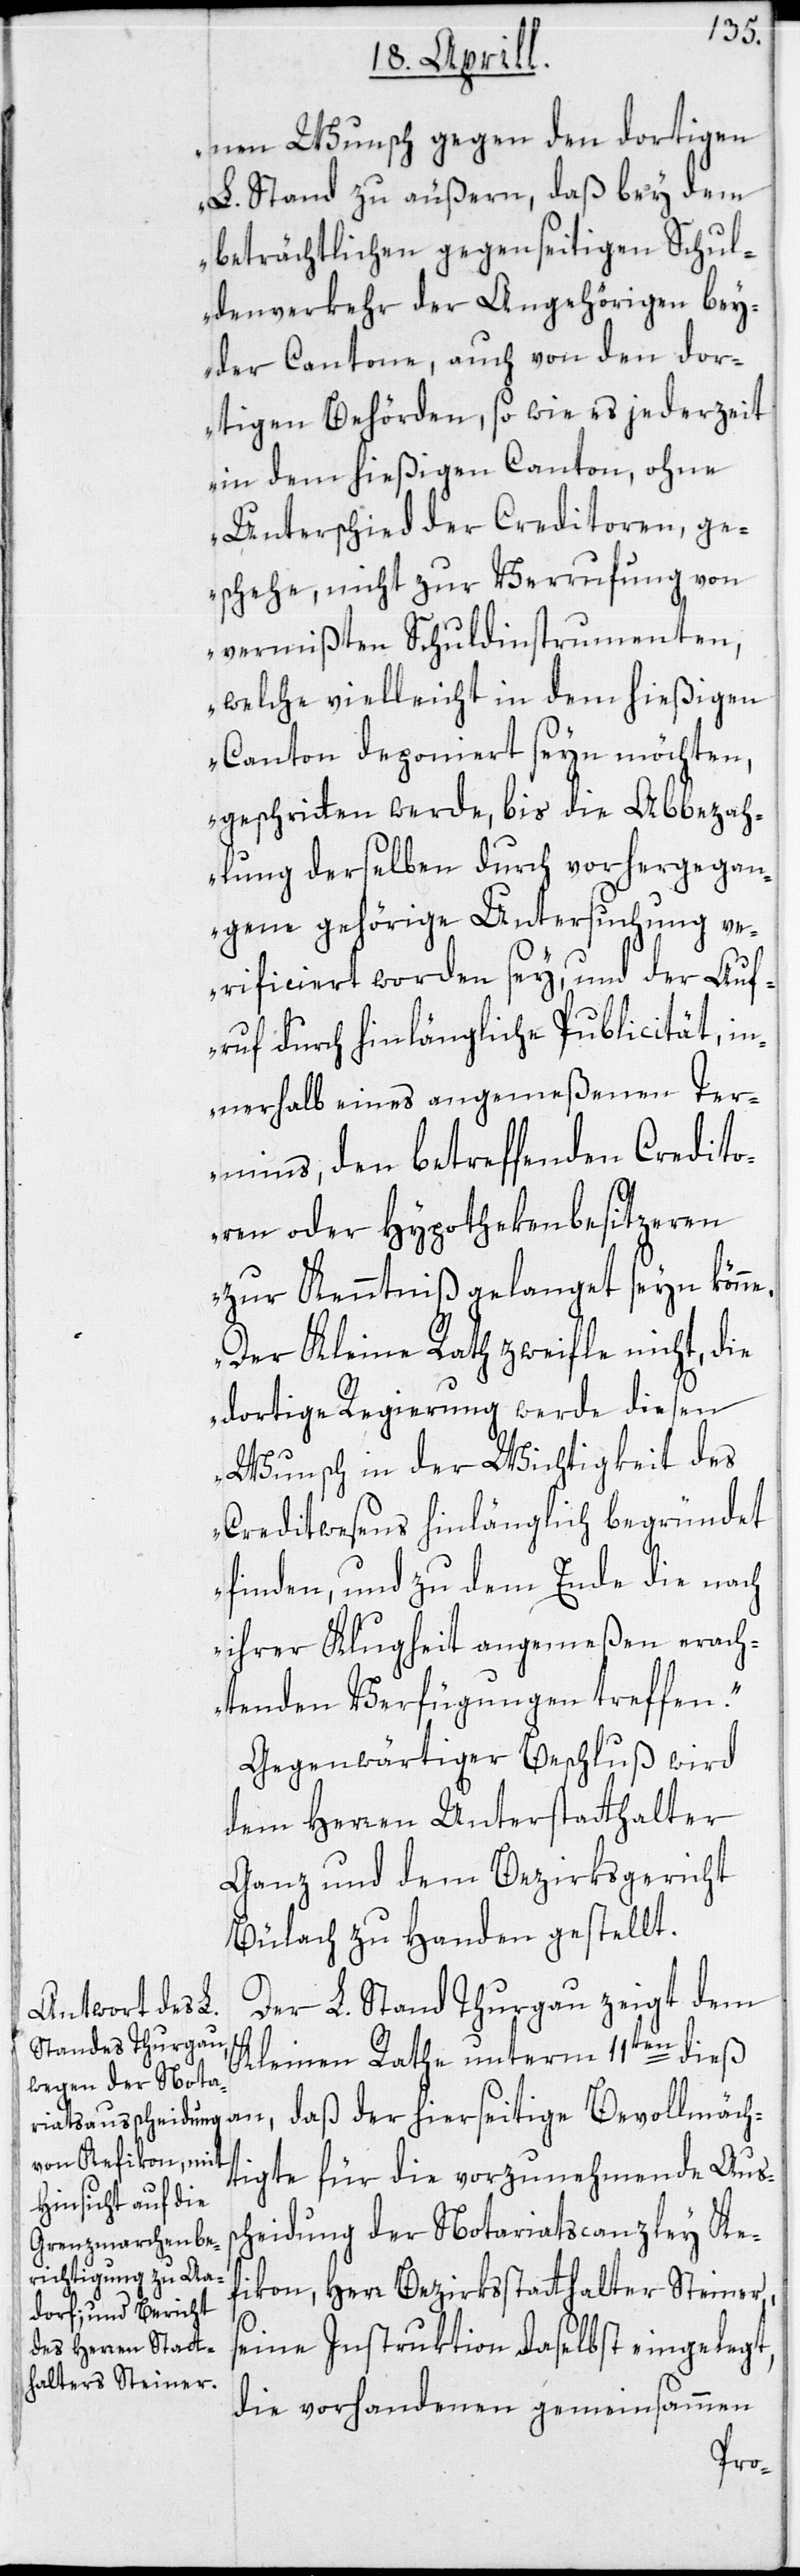
nen Wunsch gegen den dortigen
L. Stand zu äußern, daß bey dem
beträchtlichen gegenseitigen Schul¬
denverkehr der Angehörigen bey¬
der Cantone, auch von den dor¬
tigen Behörden, so wie es jederzeit
in dem hießigen Canton, ohne
Unterschied der Creditoren, ge¬
schehe, nicht zur Verrufung von
vermißten Schuldinstrumenten,
welche vielleicht in dem hießigen
Canton deponiert seyn möchten,
geschritten werde, bis die Abbezah¬
lung derselben durch vorhergegan¬
gene gehörige Untersuchung ve¬
rificiert worden sey, und der Auf¬
ruf durch hinlängliche Publicität, in¬
nerhalb eines angemeßenen Ter¬
mins, den betreffenden Credito¬
ren oder Hypothekenbesitzeren
zur Kenntniß gelanget seyn könn¬
Der Kleine Rath zweifle nicht, die
dortige Regierung werde diesen
Wunsch in der Wichtigkeit des
Creditwesens hinlänglich begründet
finden, und zu dem Ende die nach
ihrer Klugheit angemeßen erach¬
tenden Verfügungen treffen.“
Gegenwärtiger Beschluß wird
dem Herren Unterstatthalter
Ganz und dem Bezirksgericht
Bülach zu Handen gestellt.
Der L. Stand Thurgau zeigt dem
Kleinen Rathe unterm 11ten dieß
tigte für die vorzunehmende Auss¬
cheidung der Notariatscanzley Ke¬
fikon, Herr Bezirksstatthalter Steiner,
e.
seine Instruktion daselbst eingelegt,
die vorhandenen gemeinsammen
lmäch¬